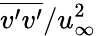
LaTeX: \overline{{v^{\prime}v^{\prime}}}/u_{\infty}^{2}